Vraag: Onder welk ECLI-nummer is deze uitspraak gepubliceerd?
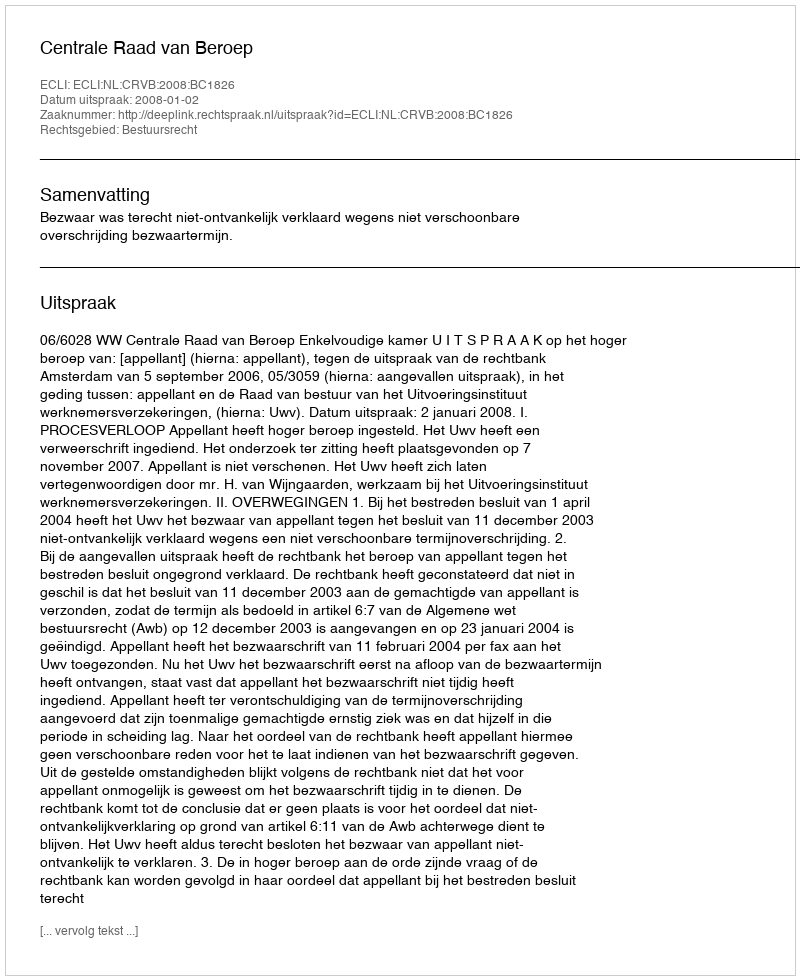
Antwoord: ECLI:NL:CRVB:2008:BC1826